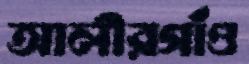
আলীরগাঁও